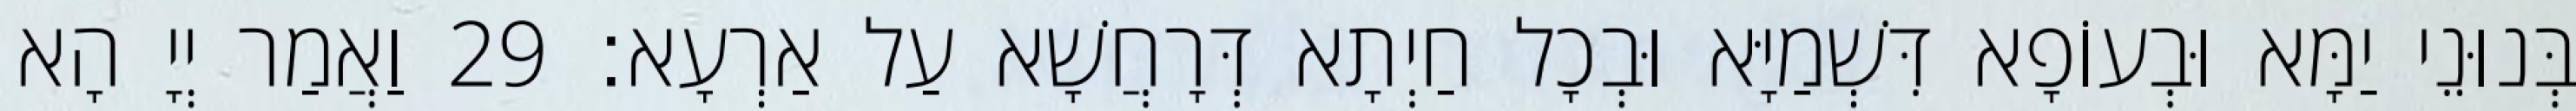
בְּנוּנֵי יַמָּא וּבְעוֹפָא דִּשְׁמַיָּא וּבְכָל חַיְתָא דְּרָחֲשָׁא עַל אַרְעָא׃ 29 וַאֲמַר יְיָ הָא